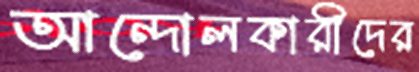
আন্দোলকারীদের